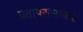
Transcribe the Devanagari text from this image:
प्रतापरत्नाकर